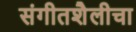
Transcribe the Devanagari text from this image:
संगीतशैलीचा